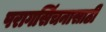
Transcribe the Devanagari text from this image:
परागसिंचनासाठी